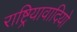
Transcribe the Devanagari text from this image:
राष्ट्रियावादियो